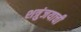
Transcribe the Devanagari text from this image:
शत्रुंजयाची